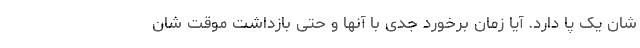
شان یک پا دارد. آیا زمان برخورد جدی با آنها و حتی بازداشت موقت شان